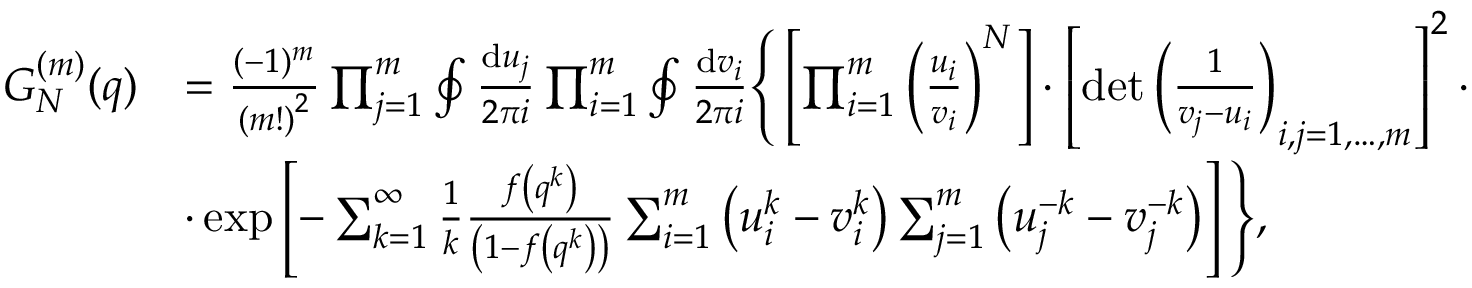
\begin{array} { r l } { G _ { N } ^ { ( m ) } ( q ) } & { = \frac { ( - 1 ) ^ { m } } { \left( m ! \right) ^ { 2 } } \prod _ { j = 1 } ^ { m } \oint \frac { { \mathrm { d } } u _ { j } } { 2 \pi i } \prod _ { i = 1 } ^ { m } \oint \frac { { \mathrm { d } } v _ { i } } { 2 \pi i } \Bigg \{ \left[ \prod _ { i = 1 } ^ { m } \left( \frac { u _ { i } } { v _ { i } } \right) ^ { N } \right] \cdot \left[ \operatorname* { d e t } \left( \frac { 1 } { v _ { j } - u _ { i } } \right) _ { i , j = 1 , \dots , m } \right] ^ { 2 } \cdot } \\ & { \cdot \exp \left[ - \sum _ { k = 1 } ^ { \infty } \frac { 1 } { k } \frac { f \left( q ^ { k } \right) } { \left( 1 - f \left( q ^ { k } \right) \right) } \sum _ { i = 1 } ^ { m } \left( u _ { i } ^ { k } - v _ { i } ^ { k } \right) \sum _ { j = 1 } ^ { m } \left( u _ { j } ^ { - k } - v _ { j } ^ { - k } \right) \right] \Bigg \} , } \end{array}